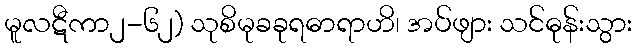
မူလဋီကာ၂-၆၂) သုစိမုခခုရဓာရာဟိ၊ အပ်ဖျား သင်ဓုန်းသွား